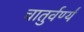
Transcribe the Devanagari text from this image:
चातुर्वर्ण्यं